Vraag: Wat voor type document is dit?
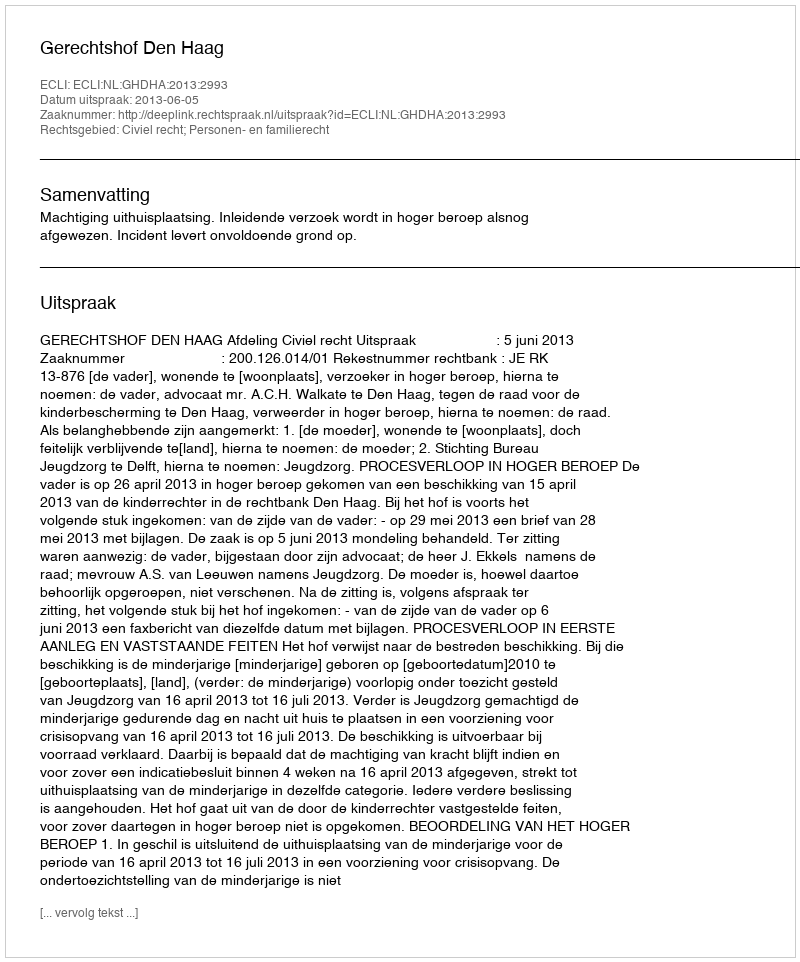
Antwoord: Uitspraak